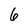
Character: 6